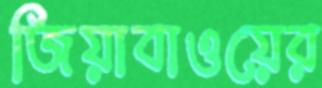
জিয়াবাওয়ের